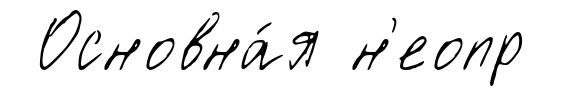
Основна́я н'еопр